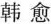
韩愈